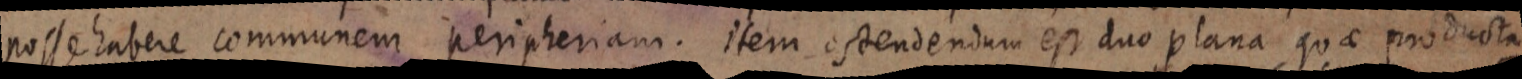
posse habere communem peripheriam. item ostendendum est duo plana quae producta